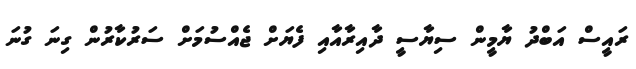
ރައީސް އަބްދު ޔާމީން ސިޔާސީ ދާއިރާއާއި ފެޔަށް ޖެއްސުމަށް ސަރުކާރުން ގިނަ ގުނަ